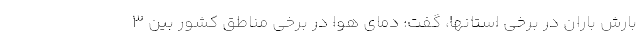
بارش باران در برخی استانها، گفت: دمای هوا در برخی مناطق کشور بین ۳